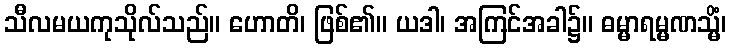
သီလမယကုသိုလ်သည်။ ဟောတိ၊ ဖြစ်၏။ ယဒါ၊ အကြင်အခါ၌။ ဓမ္မာရမ္မဏသ္မိံ၊